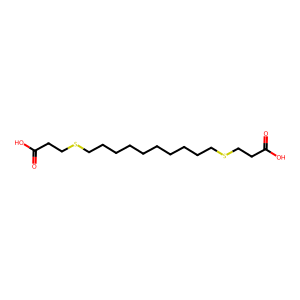
SMILES: O=C(O)CCSCCCCCCCCCCSCCC(=O)O
Inhibits HIV replication: No